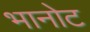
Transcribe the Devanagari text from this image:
भानोट